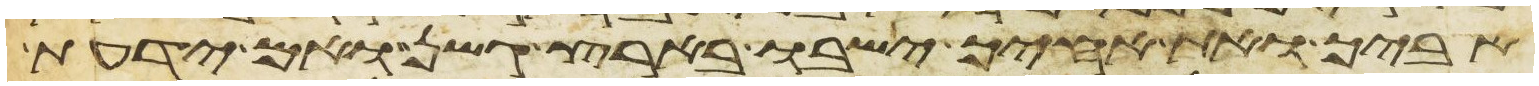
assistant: אביך ואת אחיך ישבו בארץ גשן ואם ידעת